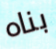
بناه